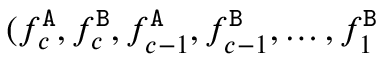
( f _ { c } ^ { \tt A } , f _ { c } ^ { \tt B } , f _ { c - 1 } ^ { \tt A } , f _ { c - 1 } ^ { \tt B } , \ldots , f _ { 1 } ^ { \tt B }